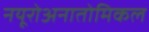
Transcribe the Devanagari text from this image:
नयूरोअनातोमिकल